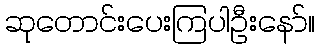
ဆုတောင်းပေးကြပါဦးနော်။